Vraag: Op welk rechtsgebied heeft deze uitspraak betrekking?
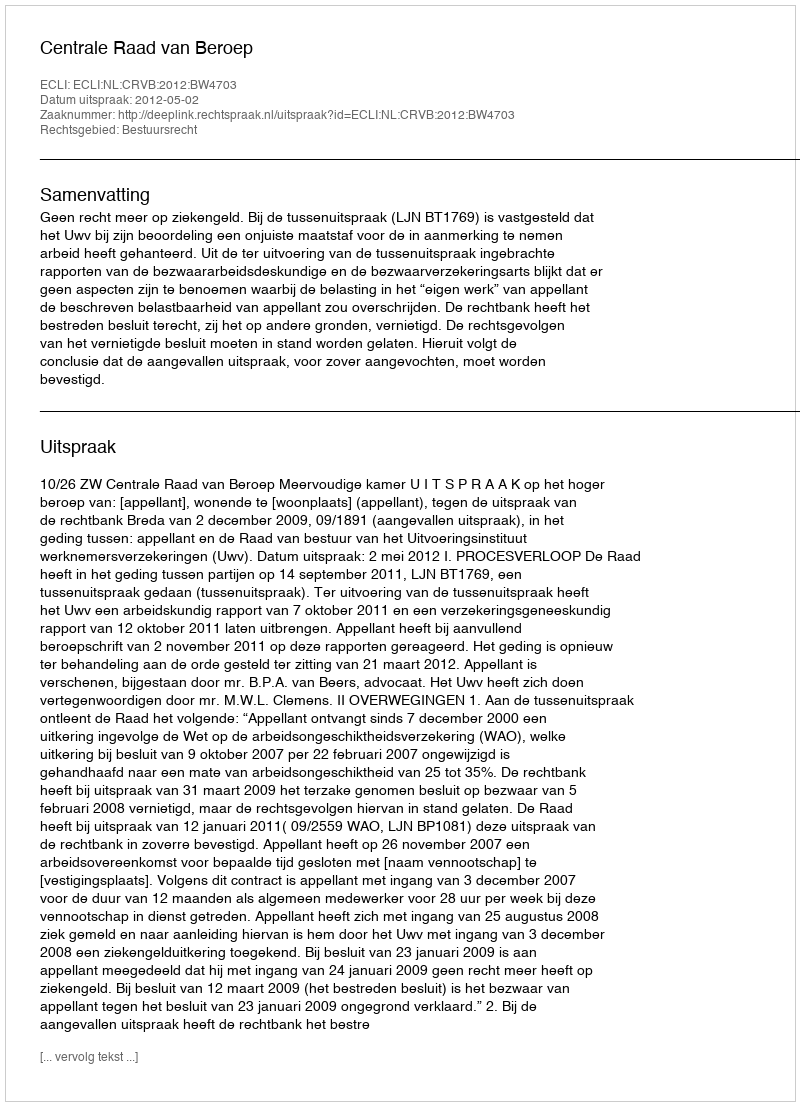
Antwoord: Bestuursrecht